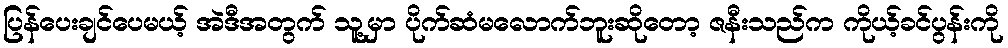
ပြန်ပေးချင်ပေမယ့် အဲဒီအတွက် သူ့မှာ ပိုက်ဆံမလောက်ဘူးဆိုတော့ ဇနီးသည်က ကိုယ့်ခင်ပွန်းကို